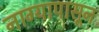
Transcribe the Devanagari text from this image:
नाग्यापासून